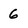
Character: 6